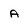
Character: a